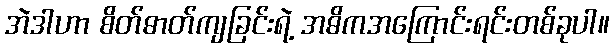
အဲဒါဟာ စိတ်ဓာတ်ကျခြင်းရဲ့ အဓိကအကြောင်းရင်းတစ်ခုပါ။